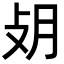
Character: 𢻿